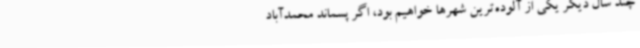
چند سال دیگر یکی از آلوده‌ترین شهرها خواهیم بود، اگر پسماند محمدآباد